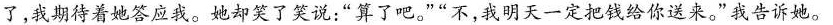
了，我期待着她答应我。却笑了笑说；”算了吧。””不，我明天一定把钱给你送来，”我告诉她。